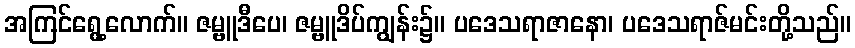
အကြင်ရွေ့လောက်။ ဇမ္ဗူဒီပေ၊ ဇမ္ဗူဒိပ်ကျွန်း၌။ ပဒေသရာဇာနော၊ ပဒေသရာဇ်မင်းတို့သည်။